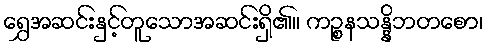
ရွှေအဆင်းနှင့်တူသောအဆင်းရှိ၏။ ကဉ္စနသန္နိဘတစော၊